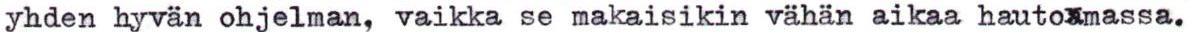
yhden hyvän ohjelman, vaikka se makaisikin vähän aikaa hautoxmassa.